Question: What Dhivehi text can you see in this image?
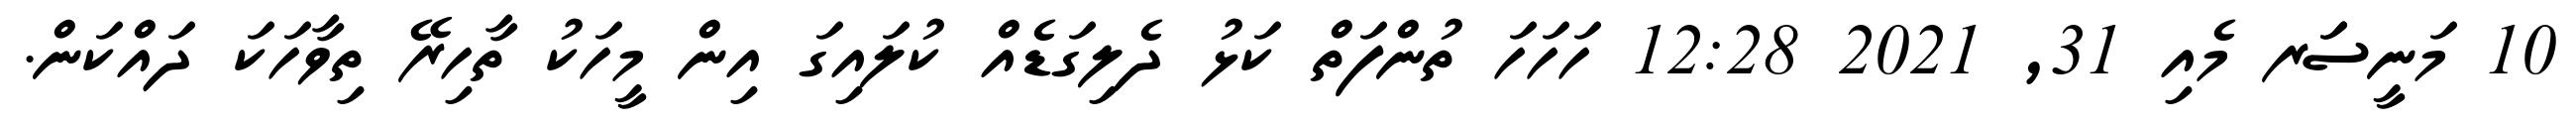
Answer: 10 މަނީސަަރ މެއި 31, 2021 12:28 ހަހަހަ ތުންފަތް ކަޅު ދެލިގަޑެއް ކުލައިގަ އިން މީހަކު ތާހިރޭ ތިވާހަކަ ދައްކަން.